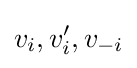
v_{i},v_{i}',v_{-i}